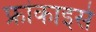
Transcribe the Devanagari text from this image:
फ्रांकाइसे